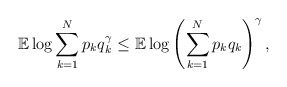
\begin{align*} \mathbb{E} \log \sum_{k=1}^N p_k q_k ^ \gamma \leq \mathbb{E} \log \left( \sum_{k=1}^N p_k q_k \right)^ \gamma ,\end{align*}